Report on malaria in the Punjab during the year ...  together with an account of the work of the Punjab Malaria Bureau - Volume 4
Disease focus: Malaria
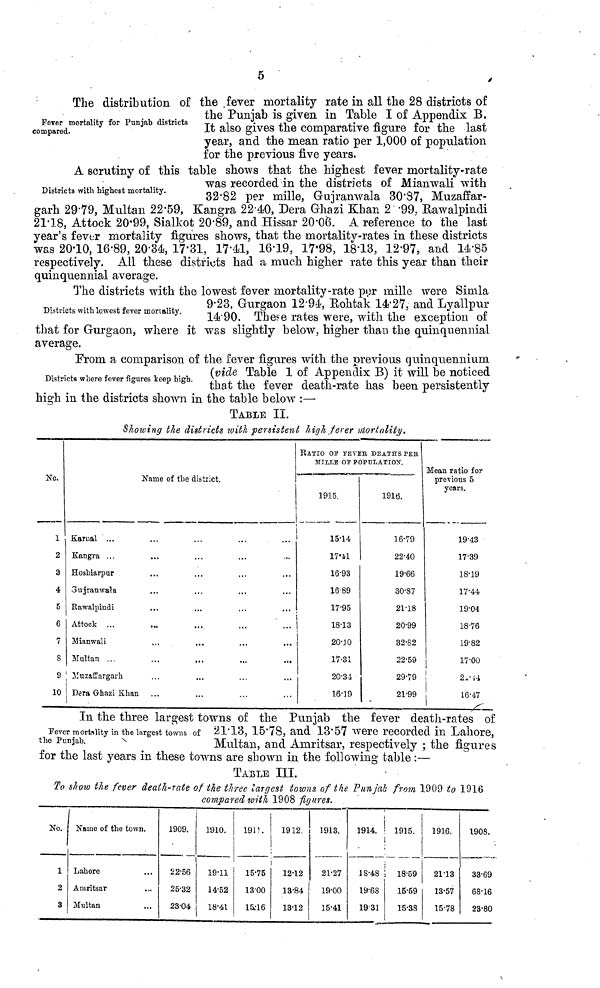
5
Fever mortality for Punjab districts
compared.
The distribution of the fever mortality rate in all the 28 districts of
the Punjab is given in Table 1 of Appendix B.
It also gives the comparative figure for the last
year, and the mean ratio per 1,000 of population
for the previous five years.
Districts with highest mortality.
A scrutinv of this table shows that the highest fever mortality-rate
was recorded in the districts of Mianwali with
3282 per mille, Gujranwala 30·87, Muzaffar-
garh 29·79, Multan 22·59, Kangra 22·40, Dera Grhazi Khan 2·99, Rawalpindi
21·18, Attock 20·99, Sialkot 20·89, and Hissar 20·06. A reference to the last
year's fever mortality figures shows, that the mortality-rates in these districts
was 20·10, 16·89, 20·34, 17·31, 17·41, 16·19, 17·98, 18·13, 12·97, and 14·85
respectively. All these districts had a much higher rate this year than their
quinquennial average.
Districts with lowest fever mortality.
The districts with the lowest fever mortality-rate por mille were Simla
9·23, Gurgaon 12·94, Rohtak 14·27, and Lyallpur
14·90. These rates were, with the exception of
that tor Gurgaon, where it was slightly below, higher than the quinquennial
average.
Districts where fever figures keep high.
Prom a comparison of the fever figures with the previous quinquennium
(vide Table 1 of Appendix B) it will be noticed
that the fever death-rate has been persistently
high in the districts shown in the table below:—
TABLE II.
Showing the districts with persistent high fever Mortality.
No.
1
2
3
4
5'
6
7
8
9
10
Name of the district.
Karual ...
Kangra ...
Hoshiarpur
Gujranwala
Rawalpindi
...
Attock ...
..,
...
...
' ...
Mianwali
Multan ...
,..
...
...
...
Yuzaffargarh
Dera Ghazi Khan
RATIO OF FEVER DEATHS PER
MILLE OF POPULATION.
1915.
15·14
17·41
16·93
16 89
17·95
18·13
20·10
17·31
20·34
16·19
1916.
16·79
22·40
19·66
30·87
21·18
20·99
32·82
22·59
29·79
21·99
Mean ratio for
previous 5
years.
19·43
17·39
18·19
17·44
19·04
18·76
19·82
17·00
21·14
16·47
Fever mortality in the largest towns of
the Punjab.
In the three largest towns of the Punjab the fever death-rates of
21·13, 15·78, and 13·57 were recorded in Lahore,
Multan, and Amritsar, respectively : the figures
for the last years in these towns are shown in the following table :—
TABLE III.
To show the fever death-rate of the three largest towns of the Punjab from 1909 to 1916
compared with 1908 figures.
No.
1
2
3
Name of the town.
Lahore
Amritsar
Multan
1909.
22·56
25·32
23·04
1910.
19·11
14·52
18·41
1911.
15·75
1300
15·16
1912
12·12
13·84
13·12
1913.
21·27
19·00
15·41
1914.
18·48
19·68
1931
1915.
18·59
15·59
15·38
1916.
21·13
13·57
15·78
1908.
33·69
68·16
23·80